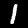
Label: 1